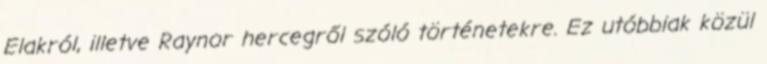
Elakról, illetve Raynor hercegről szóló történetekre. Ez utóbbiak közül